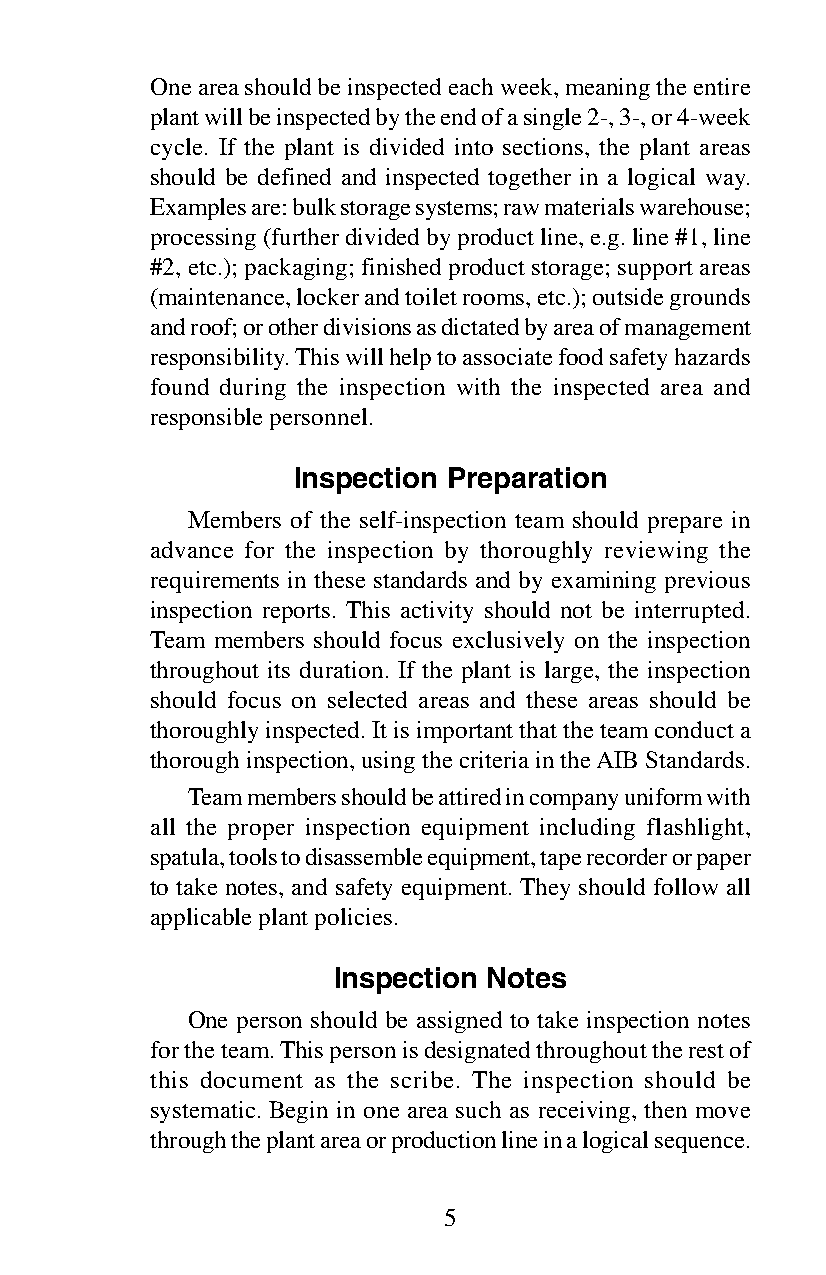
One area should be inspected each week, meaning the entire
 plant will be inspected by the end of a single 2-, 3-, or 4-week
 cycle. If the plant is divided into sections, the plant areas
 should be defined and inspected together in a logical way.
 Examples are: bulk storage systems; raw materials warehouse;
 processing (further divided by product line, e.g. line #1, line
 #2, etc.); packaging; finished product storage; support areas
 (maintenance, locker and toilet rooms, etc.); outside grounds
 and roof; or other divisions as dictated by area of management
 responsibility. This will help to associate food safety hazards
 found during the inspection with the inspected area and
 responsible personnel.
 Inspection Preparation
 Members of the self-inspection team should prepare in
 advance for the inspection by thoroughly reviewing the
 requirements in these standards and by examining previous
 inspection reports. This activity should not be interrupted.
 Team members should focus exclusively on the inspection
 throughout its duration. If the plant is large, the inspection
 should focus on selected areas and these areas should be
 thoroughly inspected. It is important that the team conduct a
 thorough inspection, using the criteria in the AIB Standards.
 Team members should be attired in company uniform with
 all the proper inspection equipment including flashlight,
 spatula, tools to disassemble equipment, tape recorder or paper
 to take notes, and safety equipment. They should follow all
 applicable plant policies.
 Inspection Notes
 One person should be assigned to take inspection notes
 for the team. This person is designated throughout the rest of
 this document as the scribe. The inspection should be
 systematic. Begin in one area such as receiving, then move
 through the plant area or production line in a logical sequence.
 5